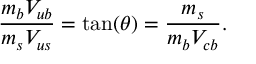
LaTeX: { \frac { m _ { b } V _ { u b } } { m _ { s } V _ { u s } } } = \mathrm { t a n } ( \theta ) = { \frac { m _ { s } } { m _ { b } V _ { c b } } } .